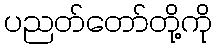
ပညတ်တော်တို့ကို